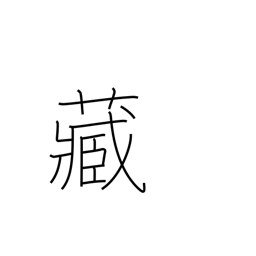
Meaning: own